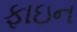
ફાઇન